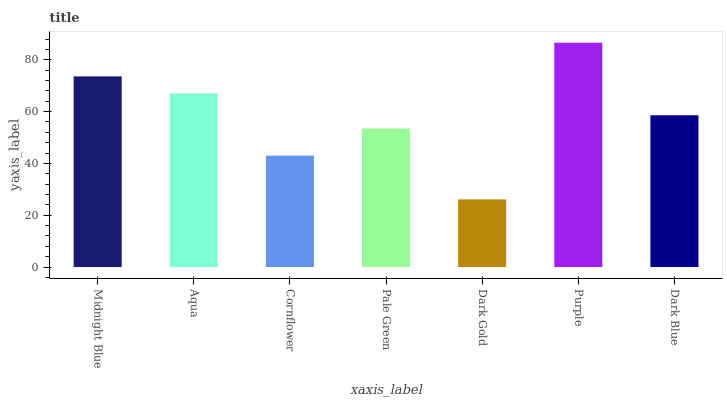
| xaxis_label | bars |
 | --- | --- |
 | Midnight Blue | 73.6 |
 | Aqua | 67 |
 | Cornflower | 43 |
 | Pale Green | 53.4 |
 | Dark Gold | 26.1 |
 | Purple | 86.6 |
 | Dark Blue | 58.6 |